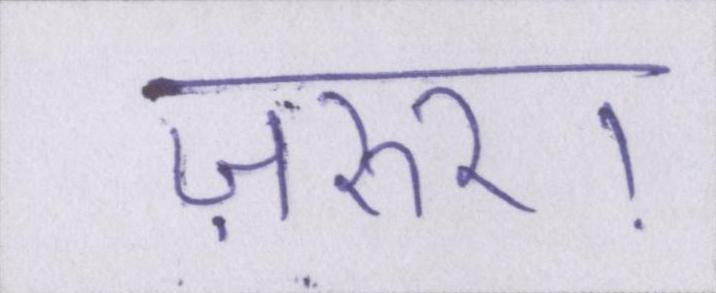
ज़रुर।